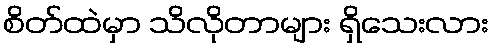
စိတ်ထဲမှာ သိလိုတာများ ရှိသေးလား